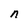
Character: n